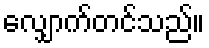
လျှောက်တင်သည်။